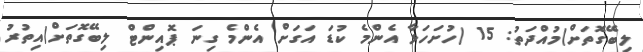
ލިބޭގޮތަށް)މުއްދަތު: 15 (ހުށަހަޅާ އެންމެ ކުޑަ އަގަށް އެންމެ ގިނަ ޕޮއިންޓް ލިބޭގޮތަށް)އިތުރު